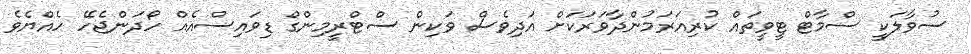
ސުވާލަކީ ސްމާޓް ޓީވީތައް ކުރިއަރަމުންދާވަރަކަށް އަދިވެސް ވަކިން ސްޓްރީމިންގް ޑިވައިސްއެއް ހޯދަންޖެހޭ ހެއްޔެވެ